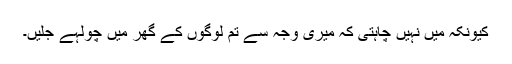
کیونکہ میں نہیں چاہتی کہ میری وجہ سے تم لوگوں کے گھر میں چولہے جلیں۔